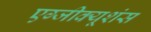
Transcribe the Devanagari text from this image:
एग्जीक्यूशंस